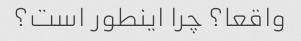
واقعا؟ چرا اینطور است؟